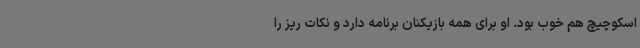
اسکوچیچ هم خوب بود. او برای همه بازیکنان برنامه دارد و نکات ریز را